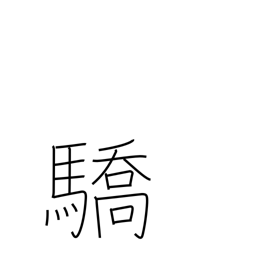
Meaning: haughtiness